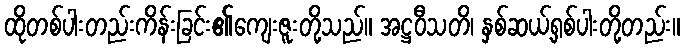
ထိုတစ်ပါးတည်းကိန်းခြင်း၏ကျေးဇူးတို့သည်။ အဋ္ဌဝီသတိ၊ နှစ်ဆယ့်ရှစ်ပါးတို့တည်း။